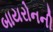
બાયરોનની